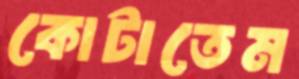
কোটাতেম